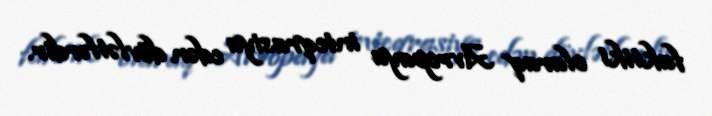
faktiki olaraq Avropaya inteqrasiya edən dövlətlərdir.